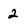
Character: 2